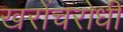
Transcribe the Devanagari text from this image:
खरोंचरोधी